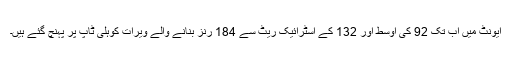
ایونٹ میں اب تک 92 کی اوسط اور 132 کے اسٹرائیک ریٹ سے 184 رنز بنانے والے ویرات کوہلی ٹاپ پر پہنچ گئے ہیں۔